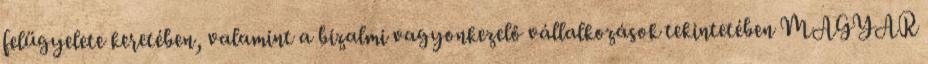
felügyelete keretében, valamint a bizalmi vagyonkezelő vállalkozások tekintetében MAGYAR